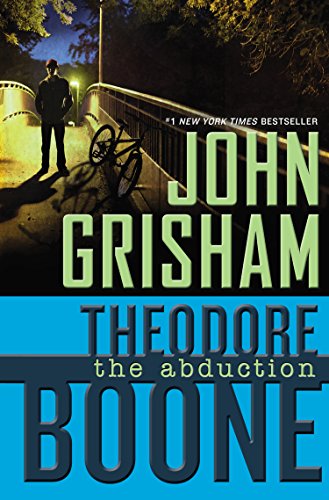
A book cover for Theodore Boone: the Abduction; John Grisham; Mystery, Thriller & Suspense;